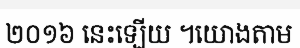
២០១៦ នេះឡើយ ។យោងតាម